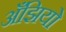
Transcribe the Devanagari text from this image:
अँझियो